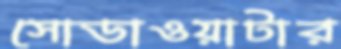
সোডাওয়াটার